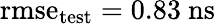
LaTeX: \mathrm{rmse}_{\mathrm{test}}=0.83~\mathrm{ns}